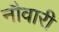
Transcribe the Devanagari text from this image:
नौवारी